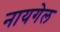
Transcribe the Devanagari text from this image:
नायगेल